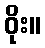
ဝိုး။